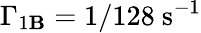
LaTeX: \Gamma_{1\mathbf{B}}=1/128\mathrm{{~s}}^{-1}